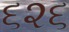
૬૨૬